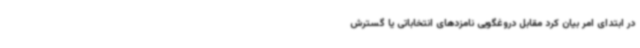
در ابتدای امر بیان کرد مقابل دروغگویی نامزدهای انتخاباتی یا گسترش